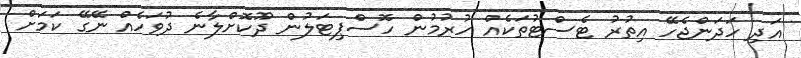
އަދި ހަދަންޖެހޭ އިތުރު ޓެސްޓުތަކެއް ހުރުމުން ހޮސްޕިޓަލުން ދޫކޮށްލާނެ ދުވަހެއް ނޭގޭ ކަމަށް